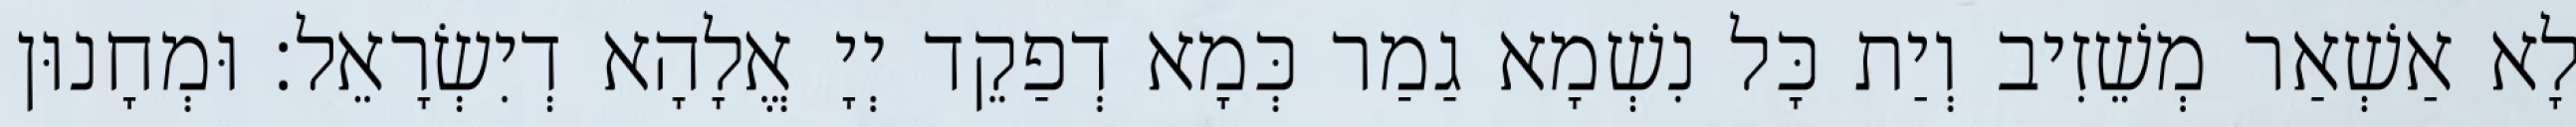
לָא אַשְׁאַר מְשֵׁזִיב וְיַת כָּל נִשְׁמָא גַמַר כְּמָא דְפַקֵד יְיָ אֱלָהָא דְיִשְׂרָאֵל׃ וּמְחָנוּן